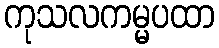
ကုသလကမ္မပထာ